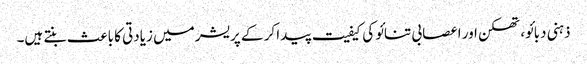
ذہنی دبائو، تھکن اور اعصابی تنائو کی کیفیت پیدا کر کے پریشر میں زیادتی کا باعث بنتے ہیں۔